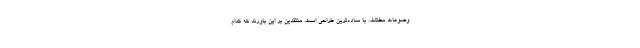
وضوعات مختلف با ساده‌ترین طراحی است. منتقدین بر این باورند که کدام